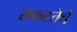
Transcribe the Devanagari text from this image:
राकटतेचे